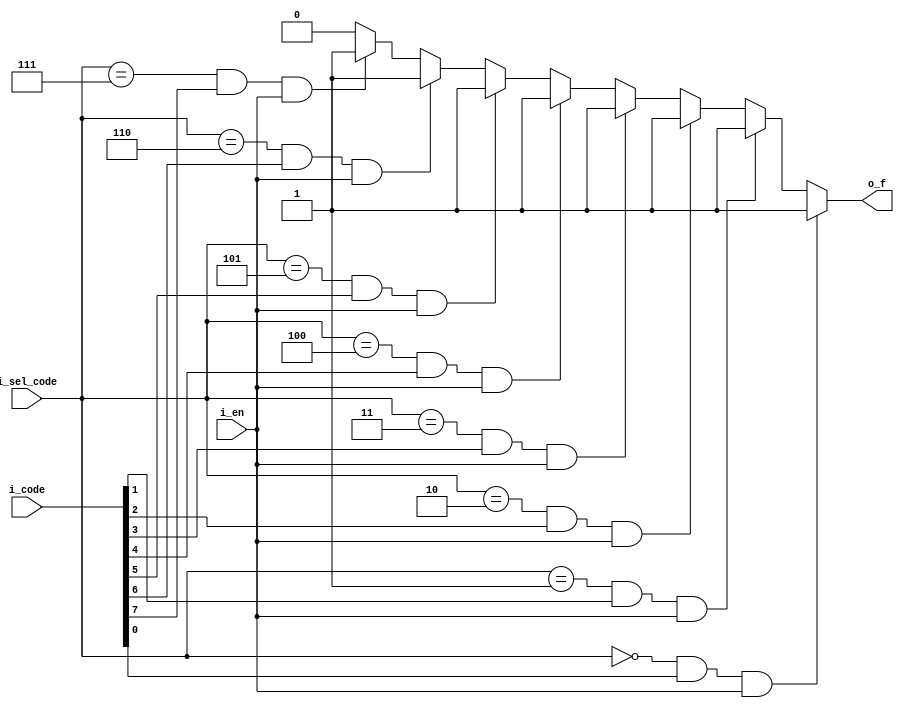
module MUX_8_1_v__behavior
  (
  input        i_en,
  input  [7:0] i_code,
  input  [2:0] i_sel_code, 
  output       o_f);
  

  assign o_f = i_sel_code == 3'b000 & i_code[0] & i_en ? 1 :
               i_sel_code == 3'b001 & i_code[1] & i_en ? 1 :
               i_sel_code == 3'b010 & i_code[2] & i_en ? 1 :
               i_sel_code == 3'b011 & i_code[3] & i_en ? 1 :
               i_sel_code == 3'b100 & i_code[4] & i_en ? 1 :
               i_sel_code == 3'b101 & i_code[5] & i_en ? 1 :
               i_sel_code == 3'b110 & i_code[6] & i_en ? 1 :
               i_sel_code == 3'b111 & i_code[7] & i_en ? 1 : 0;
  
endmodule
module MUX_8_1_v__cmpnt
  (
  input        i_en,
  input  [7:0] i_code,
  input  [2:0] i_sel_code, 
  output       o_f);
  
  wire fi01;
  wire fi23;
  wire fi45;
  wire fi67;
  wire fi0123;
  wire fi4567;
  
  MUX_2_1_v mux0 (i_en, i_code[1:0], i_sel_code[0], fi01);
  MUX_2_1_v mux1 (i_en,                                   {fi23, fi01}, i_sel_code[1], fi0123);
  MUX_2_1_v mux2 (i_en, i_code[3:2], i_sel_code[0], fi23);
  MUX_2_1_v mux3 (i_en,                                                                         {fi4567, fi0123}, i_sel_code[2], o_f);
  MUX_2_1_v mux4 (i_en, i_code[5:4], i_sel_code[0], fi45);
  MUX_2_1_v mux5 (i_en,                                   {fi67, fi45}, i_sel_code[1], fi4567);
  MUX_2_1_v mux6 (i_en, i_code[7:6], i_sel_code[0], fi67);
                                                         

endmodule